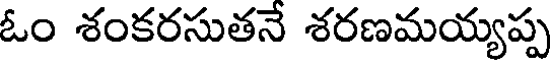
ఓం శంకరసుతనే శరణమయ్యప్ప